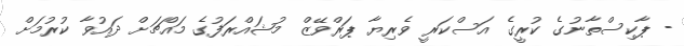
- ޕާކިސްތާނުގެ ކުރީގެ އަސްކަރީ ވެރިޔާ ޕަރްވޭޒް މުޝައްރަފުގެ މައްޗަށް ދައުވާ ކުރުމަށް